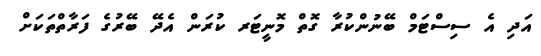
އަދި އެ ސިސްޓަމް ބޭނުންކުރާ ގޮތް މޮނީޓަރ ކުރަން އެދޭ ބޭރުގެ ފަރާތްތަކަށް